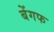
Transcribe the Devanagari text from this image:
बेंगफ